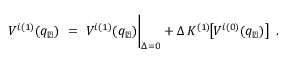
V ^ { i ( 1 ) } ( q _ { \perp } ) \ = \ V ^ { i ( 1 ) } ( q _ { \perp } ) \bigg | _ { \Delta = 0 } + \Delta \, K ^ { ( 1 ) } \! \! \left[ V ^ { i ( 0 ) } ( q _ { \perp } ) \right] \ .